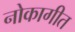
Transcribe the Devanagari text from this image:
नोकागीत